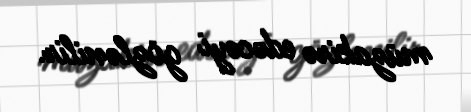
müzakirə edəcəyi gözlənilir.